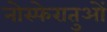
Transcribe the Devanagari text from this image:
नोस्फेरातुओं